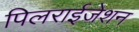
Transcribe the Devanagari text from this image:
पिलराईजेशन